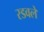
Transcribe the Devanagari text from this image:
रडवले